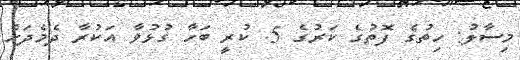
މިސާލު: ހިތުގެ ފޮތުގެ ކަރުގެ 5. ކުރީ ބަހާ ގުޅުވާ އަކުރާ ދެމެދަށް